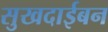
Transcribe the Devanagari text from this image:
सुखदाईबन